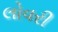
લોવરી